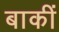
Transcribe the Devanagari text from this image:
बाकीं